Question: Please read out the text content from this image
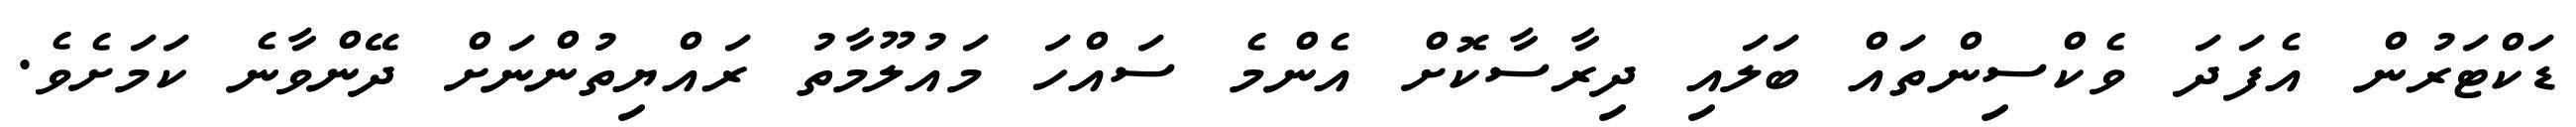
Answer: ޑަކްޓަރުން އެފަދަ ވެކްސިންތައް ބަލައި ދިރާސާކޮށް އެންމެ ސައްހަ މައުލޫމާތު ރައްޔިތުންނަށް ދޭންވާނެ ކަމަށެވެ.